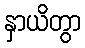
နှာယိတွာ